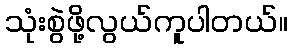
သုံးစွဲဖို့လွယ်ကူပါတယ်။